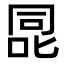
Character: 㖯